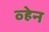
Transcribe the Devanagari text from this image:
व्‍हेन